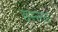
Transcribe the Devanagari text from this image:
हस्‍लर